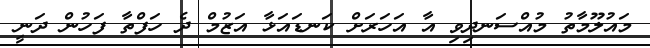
މައުލޫމާތު މުއްސަނދިވި އާ އަހަރަށް ކަނޑައަޅާ އަޒުމް ދެ ހަފްތާ ފަހުން ދަނީ